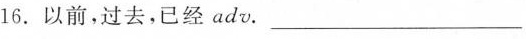
16. 以前，过去，已经 adv. ___